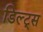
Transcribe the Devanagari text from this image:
डिल्ट्स